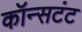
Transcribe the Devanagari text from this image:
कॉन्सटंट